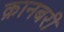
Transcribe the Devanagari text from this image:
क्रानबरी